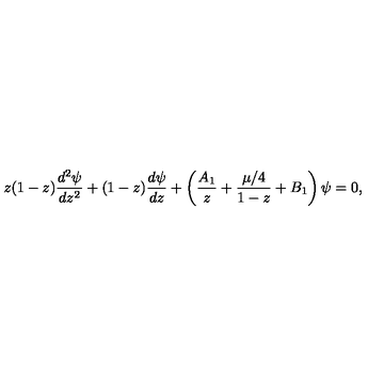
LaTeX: z ( 1 - z ) { \frac { d ^ { 2 } \psi } { d z ^ { 2 } } } + ( 1 - z ) { \frac { d \psi } { d z } } + \left( { \frac { A _ { 1 } } { z } } + { \frac { \mu / 4 } { 1 - z } } + B _ { 1 } \right) \psi = 0 ,